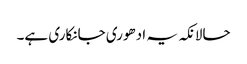
حالانکہ یہ ادھوری جانکاری ہے۔